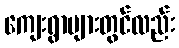
ကျေးရွာများတွင်လည်း